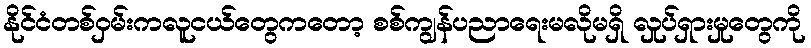
နိုင်ငံတစ်ဝှမ်းကလူငယ်တွေကတော့ စစ်ကျွန်ပညာရေးမလိုမရှိ လှုပ်ရှားမှုတွေကို